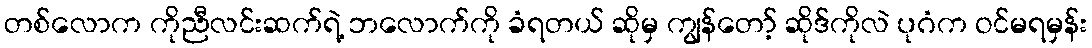
တစ်လောက ကိုညီလင်းဆက်ရဲ့ ဘလောက်ကို ခံရတယ် ဆိုမှ ကျွန်တော့် ဆိုဒ်ကိုလဲ ပုဂံက ဝင်မရမှန်း